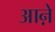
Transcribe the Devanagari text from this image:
आऩे